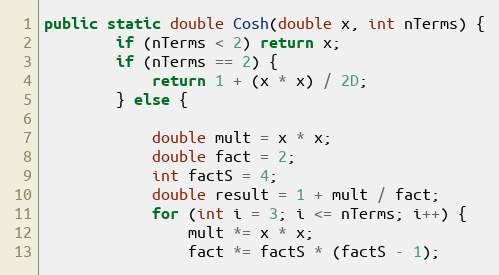
Language: Java
public static double Cosh(double x, int nTerms) {
        if (nTerms < 2) return x;
        if (nTerms == 2) {
            return 1 + (x * x) / 2D;
        } else {

            double mult = x * x;
            double fact = 2;
            int factS = 4;
            double result = 1 + mult / fact;
            for (int i = 3; i <= nTerms; i++) {
                mult *= x * x;
                fact *= factS * (factS - 1);